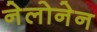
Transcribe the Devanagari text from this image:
नेलोनेन